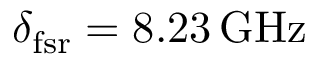
\delta _ { \mathrm { f s r } } = 8 . 2 3 \operatorname { G H z }